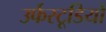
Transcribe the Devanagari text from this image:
उर्फस्टूडियो